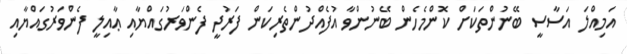
އަމިއްލަ އަސާސީ ބޭނުންތަކަށް ކޮންމެހެން ބޭނުންވާ އުފެއްދުންތެރިކަން ފަރުދީ ފެންވަރުގައްޔާއި ޢާއިލީ ފެންވަރުގައްޔާއި